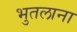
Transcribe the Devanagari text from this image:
भुतलाना